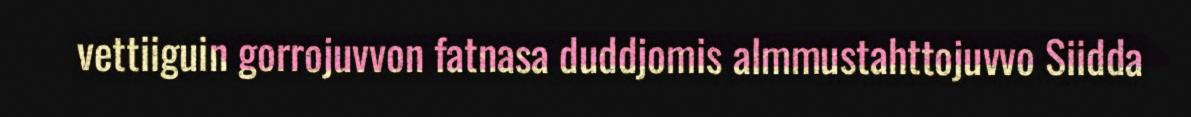
vettiiguin gorrojuvvon fatnasa duddjomis almmustahttojuvvo Siidda